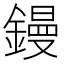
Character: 鏝